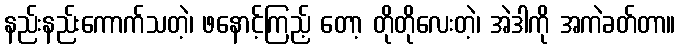
နည်းနည်းကောက်သတဲ့၊ ဖနောင့်ကြည့် တော့ တိုတိုလေးတဲ့၊ အဲဒါကို အကဲခတ်တာ။